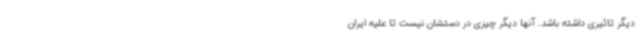
دیگر تاثیری داشته باشد. آنها دیگر چیزی در دستشان نیست تا علیه ایران